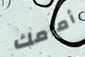
أمامك